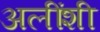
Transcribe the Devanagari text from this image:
अलींशी